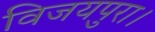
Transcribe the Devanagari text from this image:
विजयपुरा।